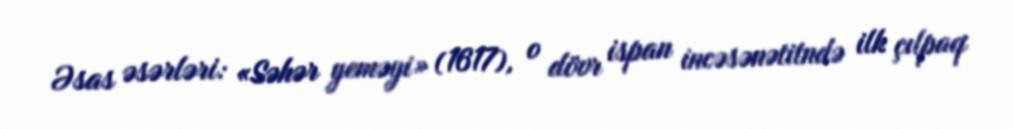
Əsas əsərləri: «Səhər yeməyi» (1617), o dövr ispan incəsənətitndə ilk çılpaq